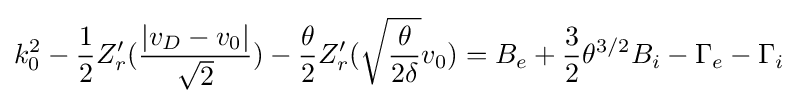
k_{0}^{2}-{\frac {1}{2}}Z_{r}'({\frac {|v_{D}-v_{0}|}{\sqrt {2}}})-{\frac {\theta }{2}}Z_{r}'({\sqrt {\frac {\theta }{2\delta }}}v_{0})=B_{e}+{\frac {3}{2}}\theta ^{3/2}B_{i}-\Gamma _{e}-\Gamma _{i}